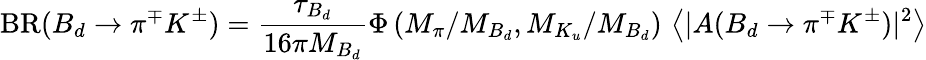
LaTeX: \mathrm{BR}(B_{d}\to\pi^{\mp}K^{\pm})=\frac{\tau_{B_{d}}}{16\pi M_{B_{d}}}\Phi\left(M_{\pi}/M_{B_{d}},M_{K_{u}}/M_{B_{d}}\right)\, \left\langle|A(B_{d}\to\pi^{\mp}K^{\pm})|^{2}\right\rangle